system: You are a helpful assistant.
user:
Analyze the provided spectrum to determine if it is a **White Dwarf (WD)**.

A White Dwarf spectrum is defined by its **extreme purity** (due to gravitational settling) and/or **extreme pressure broadening** (due to high surface gravity). You must check for one of the following mutually exclusive signatures:

- **Key Visual Indicators (Check for ONE of these types):**

    - **1. DA-Type Signature (Most Common):**
        - **(Primary Feature):** Extreme pressure broadening (Stark broadening) of the **Hydrogen (H) Balmer lines**.
        - **(Key Lines):** $H\beta$ (approx. $4861$ Å) and $H\gamma$ (approx. $4340$ Å). $H\alpha$ (approx. $6563$ Å) will also be present if the wavelength range covers it.
        - **(Line Profile):** This is the **defining feature**. The lines are **NOT** sharp. They appear as massive, **extremely broad and deep "troughs" or "dips"** in the spectrum, often hundreds of Ångströms wide. The continuum will appear to "scoop" down at these wavelengths.
        - **(Distinction):** Normal A-type or B-type stars have *narrow* and *sharp* Hydrogen lines. A DA White Dwarf's lines are unmistakably "smeared" or "blurry" from pressure.

    - **2. DB-Type Signature:**
        - **(Primary Feature):** Broad absorption lines from **Neutral Helium (He I)**. The spectrum must lack any visible Hydrogen lines.
        - **(Key Lines):** Look for broad absorption near $4471$ Å, $4921$ Å, and $5876$ Å.
        - **(Line Profile):** These lines are also significantly pressure-broadened, appearing much wider than they would in a normal B-type main-sequence star.

    - **3. DC-Type Signature:**
        - **(Primary Feature):** A **featureless continuous spectrum**.
        - **(Line Profile):** The spectrum is a smooth curve with **no significant absorption or emission lines**.
        - **(Key Confirmation):** The continuum is almost always **blue or white**, indicating a hot object. This signature implies the atmosphere is so pure (or so cool) that no spectral lines are visible in the optical range. Its WD identity is confirmed by its extremely low intrinsic brightness (high absolute magnitude).

    - **4. DZ-Type Signature (Metal-Polluted):**
        - **(Primary Feature):** **Isolated, narrow metal absorption lines** on an otherwise featureless (DC-like) continuum.
        - **(Key Lines):** The **Calcium (Ca II) H & K doublet** (approx. **$3934$ Å** and **$3968$ Å**) is the most common and defining feature.
        - **(Line Profile):** These lines are "out of place." They are *not* part of a "forest" of thousands of lines. This signature is evidence of recent *accretion* (pollution) from rocky debris.
        - **(Distinction):** Normal G/K/M stars have a *dense forest* of thousands of metal lines. A DZ has a *clean* continuum with *only a few* strong metal lines.

    - **5. DQ-Type Signature (Carbon-Polluted):**
        - **(Primary Feature):** Absorption bands from **Carbon (C₂ "Swan Bands" or atomic C I)**.
        - **(Key Lines - C₂):** Look for bandheads with a "saw-tooth" shape near $5635$ Å, **$5165$ Å** (strongest), and $4737$ Å.
        - **(Key Confirmation):** The underlying **continuum must be blue or white** (hot).
        - **(Distinction):** This is the critical difference from a **Carbon Star**, which has the *exact same* C₂ bands but on an extremely **red, cool** continuum.

- **(Overall Spectrum):**
    - The continuum (overall shape) is typically **blue-sloping** (brighter in the blue than the red), as most white dwarfs are very hot.
    - The spectrum will look "pure" or "simple," dominated by only *one* of the five signatures listed above.

Think first, call **spectral_visualization_tool** if needed to examine features in detail, then provide your final answer. Your response must adhere to the following strict rules:
1.  **Overall Structure:** Your response must follow the format `<think>...</think> <tool_call>...</tool_call> (if a tool is used) <answer>...</answer>`.
2.  **Tool Usage Constraint:** You may only make **one** tool call per turn.
3.  **Final Answer Format:** In the `<answer>` tag, your conclusion must be inside a `\boxed{}` command (e.g., `\boxed{YES}` or `\boxed{NO}`), followed by your justification.

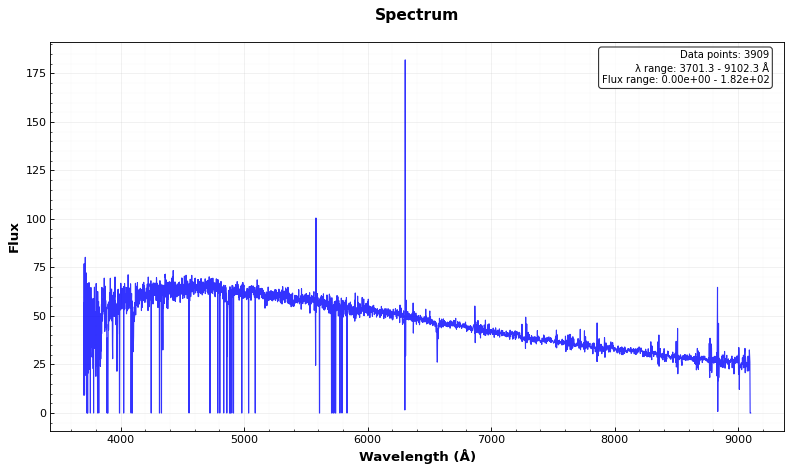
Answer: NO